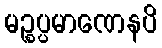
မဉ္စပ္ပမာဏေနပိ